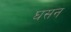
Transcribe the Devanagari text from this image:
घसन